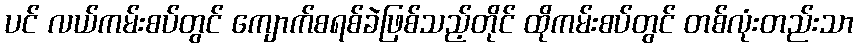
ပင် လယ်ကမ်းစပ်တွင် ကျောက်စရစ်ခဲဖြစ်သည့်တိုင် ထိုကမ်းစပ်တွင် တစ်လုံးတည်းသာ